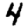
Digit: 4